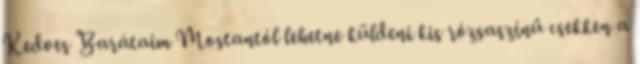
Kedves Barátaim Mostantól lehetne küldeni kis rózsaszínű csekken a